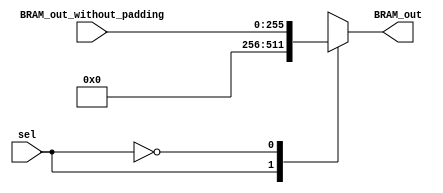
module mux_padding_2_1_L8  #(parameter N_adder_tree=16)(BRAM_out,sel,BRAM_out_without_padding);
output reg  [N_adder_tree*16-1:0] BRAM_out;
input  wire [N_adder_tree*16-1:0] BRAM_out_without_padding;
input  wire sel;

always@(*)
	case(sel)
		1'b1: BRAM_out=0;
		1'b0: BRAM_out=BRAM_out_without_padding;
	endcase
	
endmodule